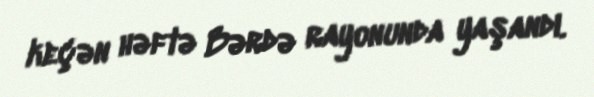
keçən həftə Bərdə rayonunda yaşandı.